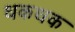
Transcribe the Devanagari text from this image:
धकधक